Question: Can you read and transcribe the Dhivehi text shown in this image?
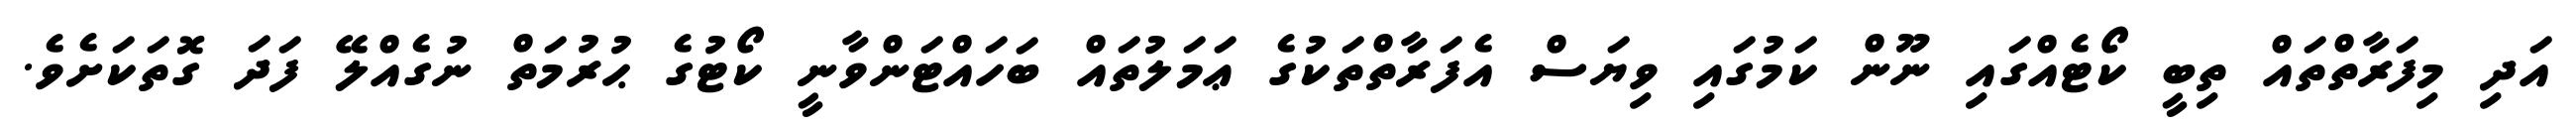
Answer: އަދި މިފަރާތްތައް ތިބީ ކޯޓެއްގައި ނޫން ކަމުގައި ވިޔަސް އެފަރާތްތަކުގެ ޢަމަލުތައް ބަހައްޓަންވާނީ ކޯޓުގެ ޙުރުމަތް ނުގެއްލޭ ފަދަ ގޮތަކަށެވެ.